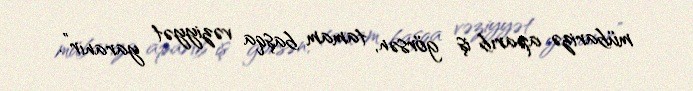
mübarizə aparıb iş görsən, tamam başqa vəziyyət yaranır”.